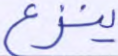
ينزغ